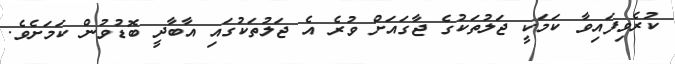
ކުރެވިފައިވާ ކަމަކީ ޖަލުތަކުގެ ޖާގައަށް ވުރެ އެ ޖަލުތަކުގައި އާބާދީ ބޮޑުވުން ކަމަށެވެ.